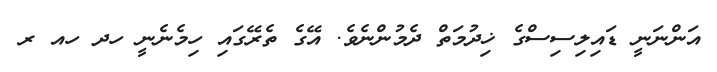
އަންނަނީ ޑައިލިސިސްގެ ޚިދުމަތް ދެމުންނެވެ. އޭގެ ތެރޭގައި ހިމެނެނީ ހދ ހއ ރ